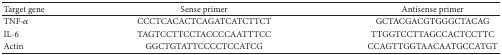
<table><thead><tr><td><b>Target gene</b></td><td><b>Sense primer</b></td><td><b>Antisense primer</b></td></tr></thead><tbody><tr><td>TNF-<i>α</i></td><td>CCCTCACACTCAGATCATCTTCT</td><td>GCTACGACGTGGGCTACAG</td></tr><tr><td>IL-6</td><td>TAGTCCTTCCTACCCCAATTTCC</td><td>TTGGTCCTTAGCCACTCCTTC</td></tr><tr><td>Actin </td><td>GGCTGTATTCCCCTCCATCG</td><td>CCAGTTGGTAACAATGCCATGT</td></tr></tbody></table>